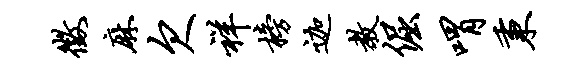
征麻欠祥榜迦教倔喟秉